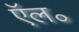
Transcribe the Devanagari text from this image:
ऍल॰